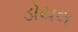
ડોયલ